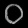
Digit: ၀